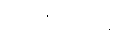
ဂရိတ်ဗြိတိန်